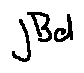
j B d